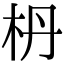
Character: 枬